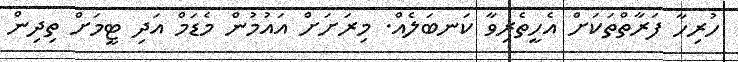
ހުރިހާ ފަރާތްތަކަށް އެހީތެރިވާ ކަނބަލެެއް. މިރަށަށް އައުމުން މެޑަމް އަދި ޓީމަށް ތިދިން